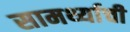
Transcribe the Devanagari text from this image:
सामर्थ्याची